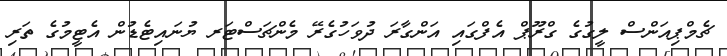
ޗެމްޕިއަންސް ލީގުގެ ގްރޫޕް އެފްގައި އަންގާރަ ދުވަހުގެރޭ މެންޗަސްޓަރ ޔުނައިޓެޑުން އެޓީމުގެ ތަރި